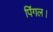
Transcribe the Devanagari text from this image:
पिंगल।